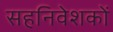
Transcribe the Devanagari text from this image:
सहनिवेशकों